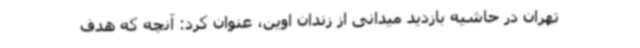
تهران در حاشیه بازدید میدانی از زندان اوین، عنوان کرد: آنچه که هدف